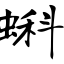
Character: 蝌